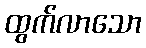
ထွက်လာသော